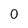
Character: 0